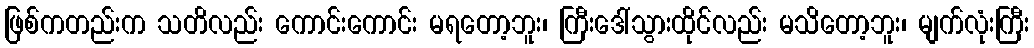
ဖြစ်ကတည်းက သတိလည်း ကောင်းကောင်း မရတော့ဘူး၊ ကြီးဒေါ်သွားထိုင်လည်း မသိတော့ဘူး၊ မျက်လုံးကြီး